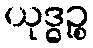
ယုဒ္ဓဉ္စ